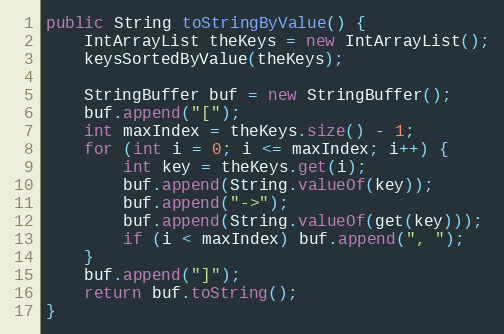
Language: Java
public String toStringByValue() {
	IntArrayList theKeys = new IntArrayList();
	keysSortedByValue(theKeys);

	StringBuffer buf = new StringBuffer();
	buf.append("[");
	int maxIndex = theKeys.size() - 1;
	for (int i = 0; i <= maxIndex; i++) {
		int key = theKeys.get(i);
	    buf.append(String.valueOf(key));
		buf.append("->");
	    buf.append(String.valueOf(get(key)));
		if (i < maxIndex) buf.append(", ");
	}
	buf.append("]");
	return buf.toString();
}